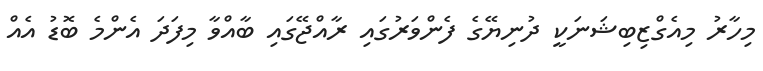
މިހާރު މިއެގްޒިބިޝަނަކީ ދުނިޔޭގެ ފެންވަރުގައި ރާއްޖޭގައި ބާއްވާ މިފަދަ އެންމެ ބޮޑު އެއް